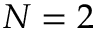
N = 2